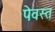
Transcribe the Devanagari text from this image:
पेवस्त